Lunatic asylums Madras 1892-1911 - 1892-1911
Year: 1892
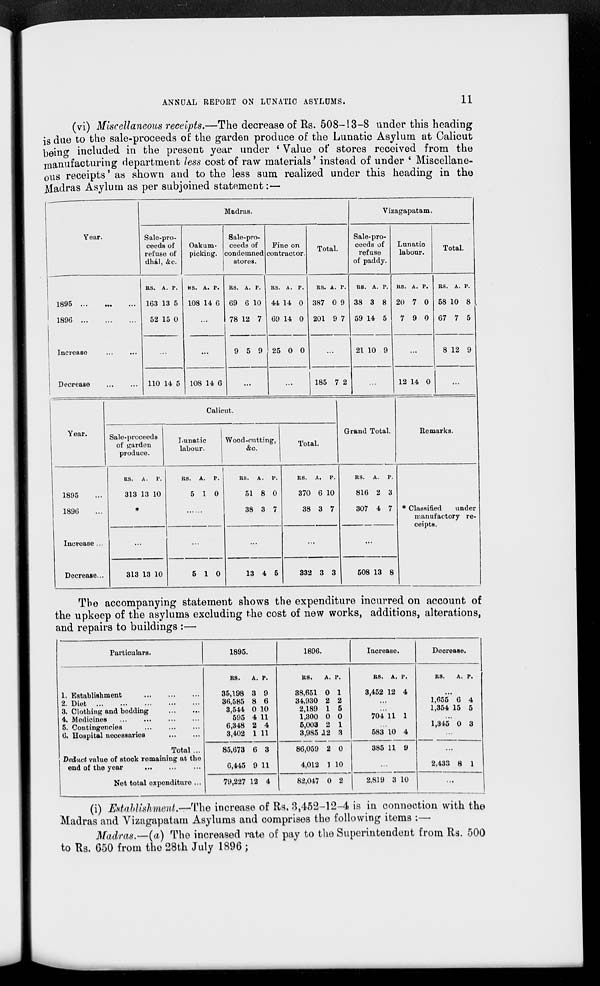
ANNUAL REPORT ON LUNATIC ASYLDMS.
11
(vi) Miscellaneous receipts.—The decrease of Rs. 508-13-8 under this heading
is due to the sale-proceeds of the garden produce of the Lunatic Asylum at Calicut
being included in the present year under ' Value of stores received from the
manufacturing department less cost of raw materials' instead of under ' Miscellane-
ous receipts' as shown and to the less sum realized under this heading in the
Madras Asylum as per subjoined statement:—
Year.
MadruB.
Sale-pro-
ceeds of
refuse of
dhal, &c.
Oakum-
picking.
Sale-pro-
ceeds of
condemned
stores.
1895
1896
Increase
Decrease
as. A. p.
163 13 5
52 15 0
110 14 5
US. A. P.
108 14 6
RS. A. P.
69 6 10
78 12 7
Fine on
contractor.
Total.
Vizagapatam.
Sale-pro-
ceeds of
refuse
of paddy.
Lunatic
labour.
Total.
9 5 9
RS. A. P.
44 14 0
69 14 0
,25 0 0
108 14 6
RS. A. P.
387 0 9
201 9 7
RS. A. P.
38 3 8
59 14 5
RS. A. P.
20 7 0
7 9 0
...
21 10 9
...
185 7 2
...
12 14 0
RS. A. P.
58 10 8
67 7 5
8 12 9
Year.
Calicut.
Sale-proceedB
of garden
produce.
Lunatic
labour.
Wood-cutting,
&c.
Total.
Grand Total.
Remarks.
1895
1896
Increase ...
Decrease...
RS. A. P.
313 13 10
313 13 10
RS. A. P.
5 10
5 10
RS. A. P.
51 8 0
38 3 7
13 4 5
RS. A.
P.
370 6 10
38 3 7
332 3 3
RS.
A. P.
816 2 3
307 4 7
508 13 8
* Clarified
under
manufactory re-
ceipts.
The accompanying statement shows the expenditure incurred on account of
the upkeep of the asylums excluding the cost of new works, additions, alterations,
and repairs to buildings :—
Particulars.
1895.
1896.
Increase.
Decrease.
1. Establishment
2. Diet
3. Clothing and bedding
4. Modicinea
5. Contingencies
6. Hospital necessaries
Total ...
Deduct value of stock remaining at the
end of the year
Net total expenditure ...
R8.
A. P.
35,198 3 9
36,585 8 6
3,544 0 10
595 4 11
6,348 2 4
3,402 1 11
RS.
A. P.
38,651 0 1
34,930 2 2
2,189 1 6
1,300 0 0
5,003 2 1
3,985 JL2 8
RS. A. P.
3,452 12 4
704 11 1
583 10 4
RS.
A. p.
1,655 6 4
1,354 15 5
1,345 0 3
85,673 6 3
6,445 9 11
86,059 2 0
4,012 1 10
385 11 9
2,433 8 1
79,227 12 4
82,047 0 2
2,819 3 10
...
(i) Edahlisliment.—~f\ y \\e increase of Rs, 3,452-12-4 is in connection with the
Madras and Yizagapatam Asylums and comprises the following items :—■
Madras.—(a) The increased rate of pay to the Superintendent from Rs. 500
to Rs. G50 from the 28th July 1896 ;